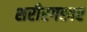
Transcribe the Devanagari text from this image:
शरीरगह्वर